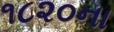
૧૮૨૦ના